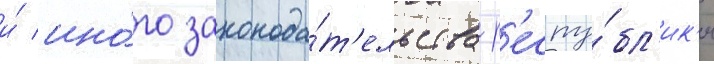
и́ ино́го законода́т'ельства р'еспу́бл'ик'и